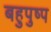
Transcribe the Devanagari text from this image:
बहुपुष्प